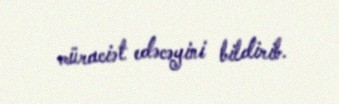
müraciət edəcəyini bildirib.